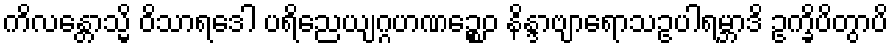
ကိလန္တောသ္မိ ဝိသာရဒေါ ပရိညေယျဂ္ဂဟဏဉ္စေဝ နိန္ဒာဗျာရောသဥပါရမ္ဘာဒိ ဥက္ခိပိတွာပိ